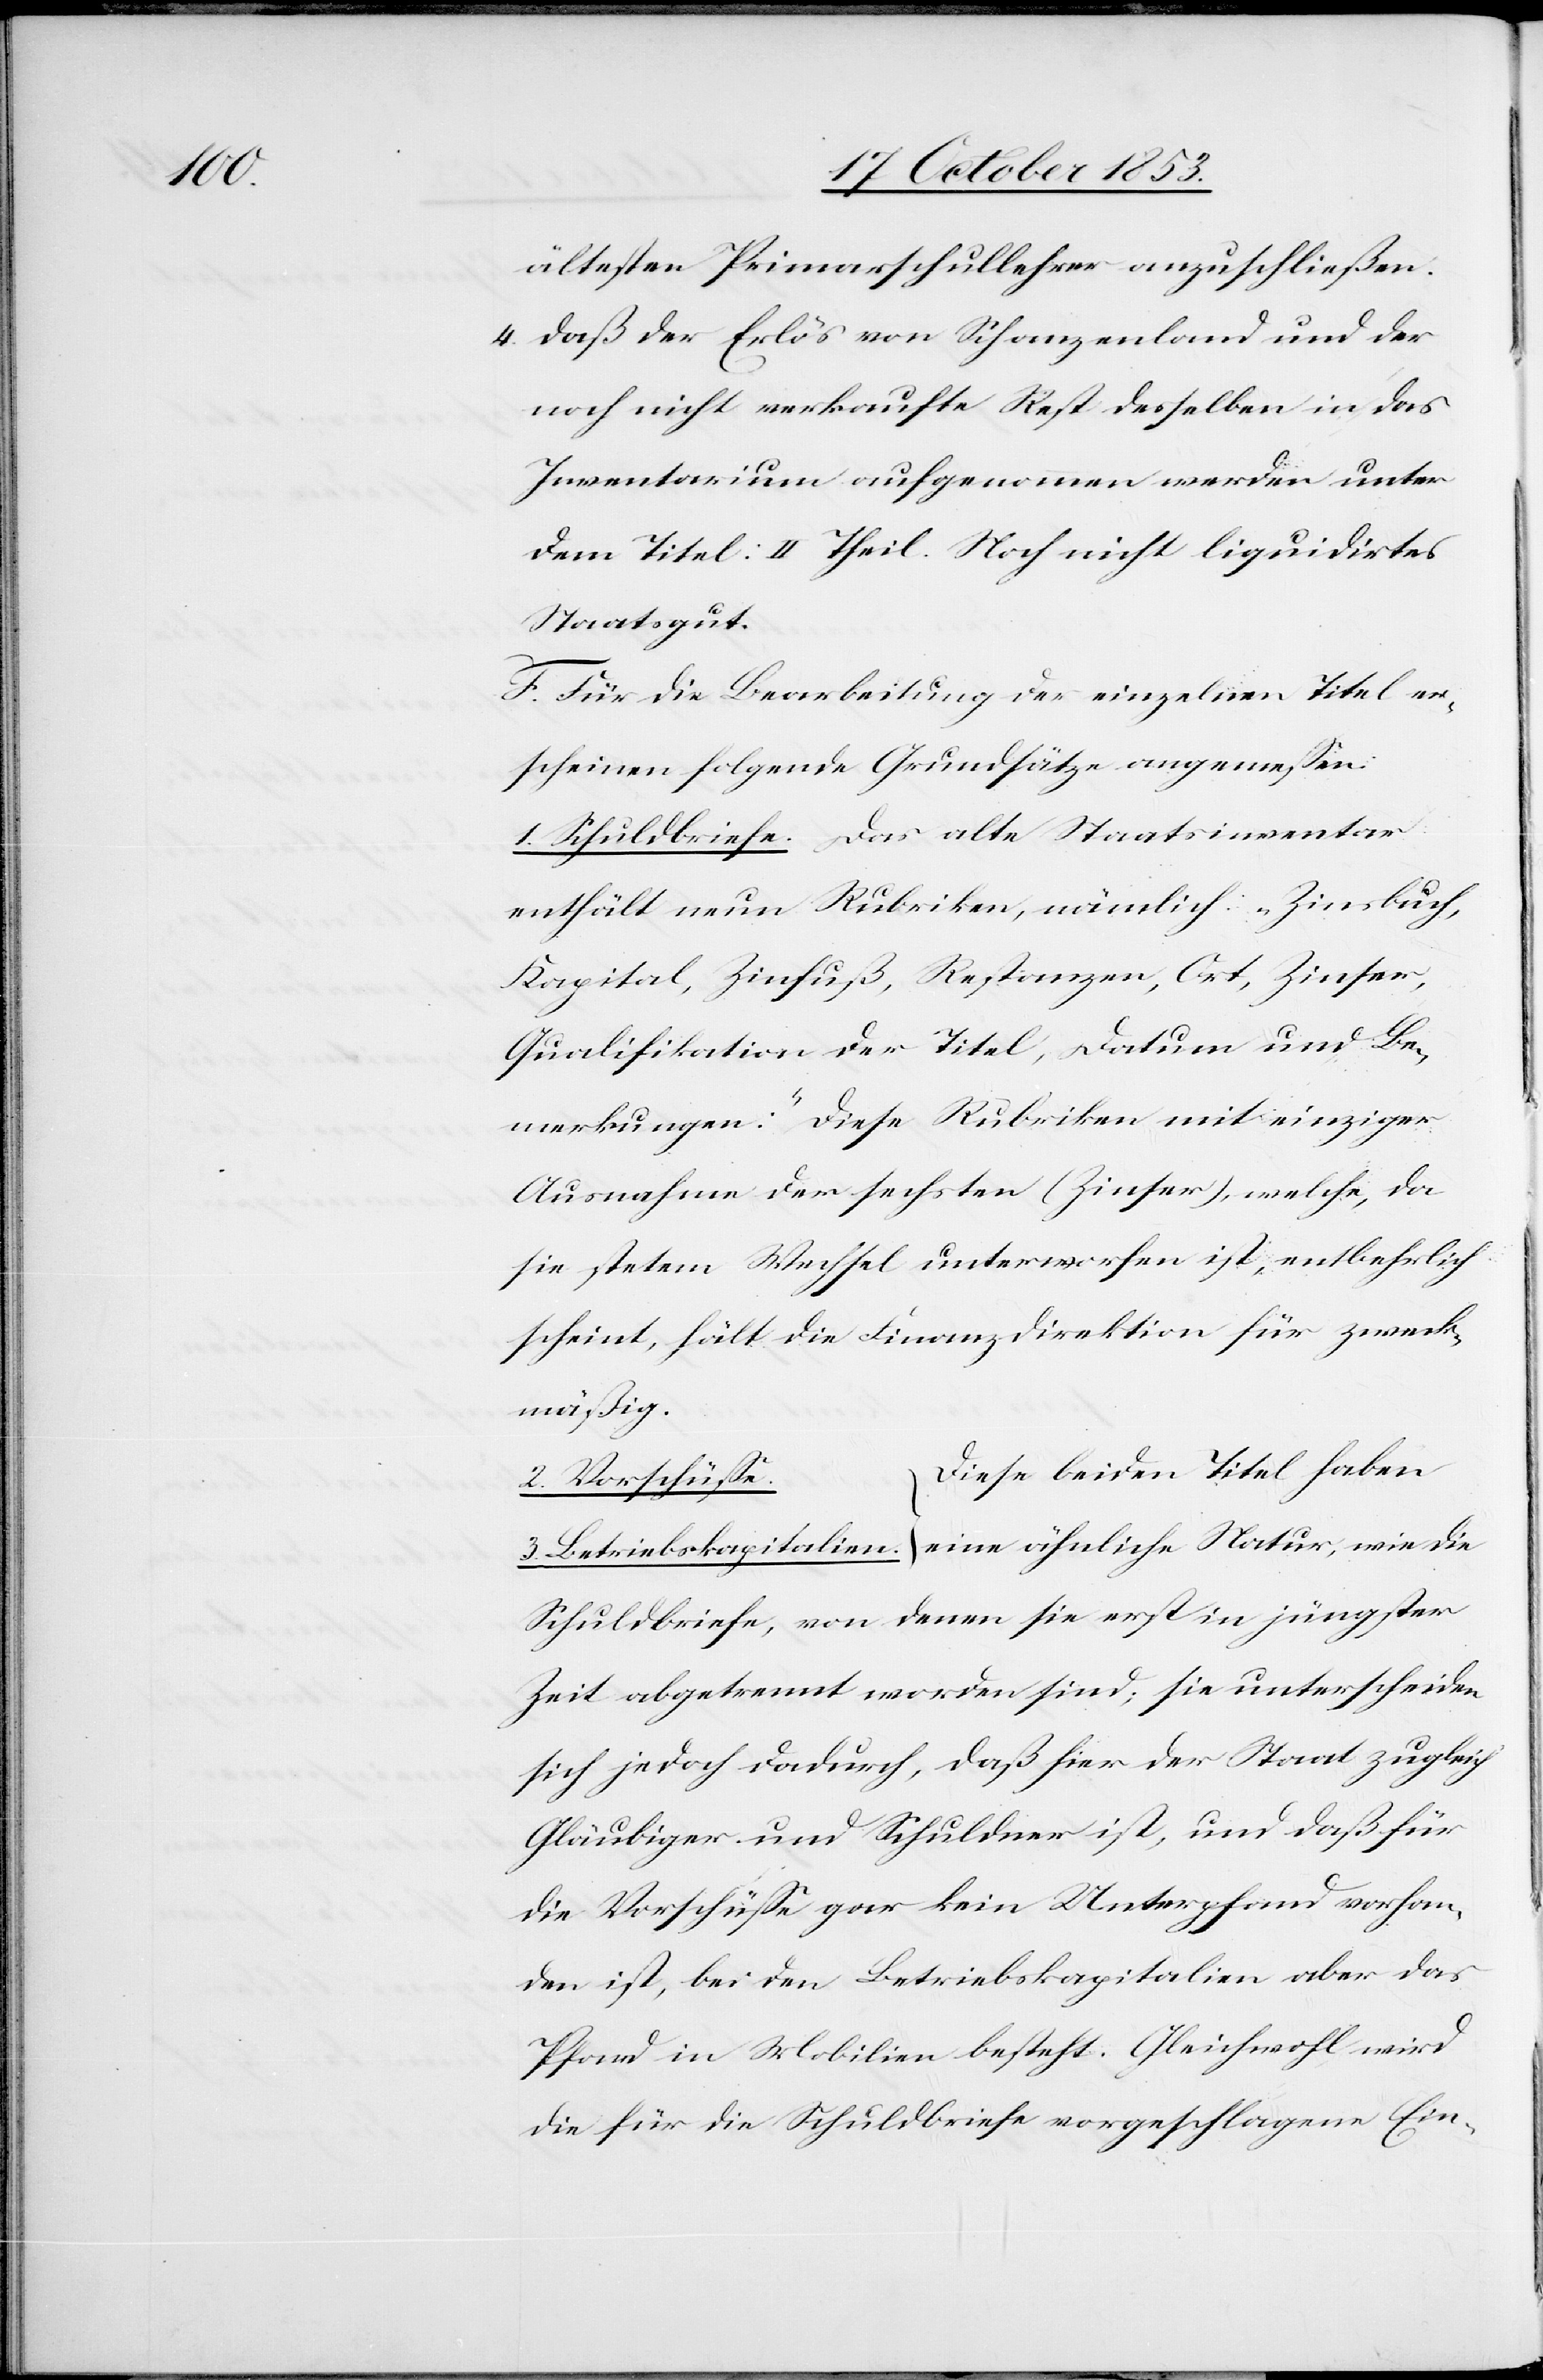
4. daß der Erlös von Schanzenland und der
noch nicht verkaufte Rest desselben in das
Inventarium aufgenommen werden unter
dem Titel: II. Theil. Noch nicht liquidirtes
Staatsgut.
F. Für die Bearbeitung der einzelnen Titel er¬
scheinen folgende Grundsätze angemeßen.
1. Schuldbriefe. Das alte Staatsinventar
enthält neun Rubriken, nämlich „Zinsbuch,
Kapital, Zinsfuß, Restanzen, Ort, Zinser,
Qualifikation der Titel, Datum und Be¬
merkungen: „Diese Rubriken mit einziger
Ausnahme der sechsten (Zinser), welche, da
sie stetem Wechsel unterworfen ist, entbehrlich
scheint, hält die Finanzdirektion für zweck¬
mäßig.
2. Vorschüße.
3. Betriebskapitalien. } Diese beiden Titel haben eine
Schuldbriefe, von denen sie erst in jüngster
Zeit abgetrennt worden sind; sie unterscheiden
sich jedoch dadurch, daß hier der Staat zugleich
Gläubiger und Schuldner ist, und daß für
die Vorschüße gar kein Unterpfand vorhan¬
den ist, bei den Betriebskapitalien aber das
Pfand in Mobilien besteht. Gleichwohl wird
die für die Schuldbriefe vorgeschlagenen Ein-